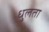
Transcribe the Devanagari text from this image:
धुलता